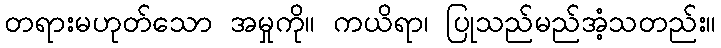
တရားမဟုတ်သော အမှုကို။ ကယိရာ၊ ပြုသည်မည်အံ့သတည်း။